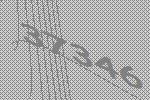
37346